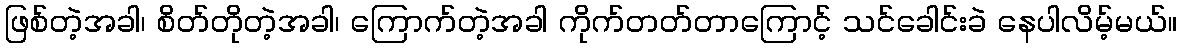
ဖြစ်တဲ့အခါ၊ စိတ်တိုတဲ့အခါ၊ ကြောက်တဲ့အခါ ကိုက်တတ်တာကြောင့် သင်ခေါင်းခဲ နေပါလိမ့်မယ်။